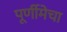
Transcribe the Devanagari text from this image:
पूर्णीमेचा